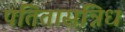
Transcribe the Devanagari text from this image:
पतितासन्निध